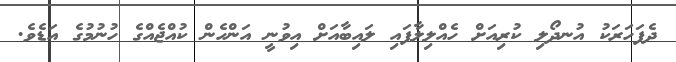
ދެފަހަރަކު އުނދޯލި ކުރިއަށް ހެއްލިލާފައި ލައިބާއަށް އިވުނީ އަންހެން ކުއްޖެއްގެ ހުނުމުގެ އަޑެވެ.